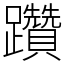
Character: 躦